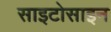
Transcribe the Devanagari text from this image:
साइटोसाइन